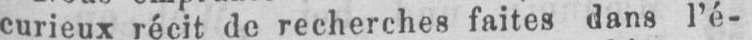
curieux récit de recherches faites dans l’é-